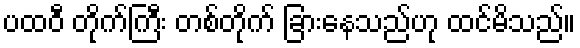
ပထဝီ တိုက်ကြီး တစ်တိုက် ခြားနေသည်ဟု ထင်မိသည်။